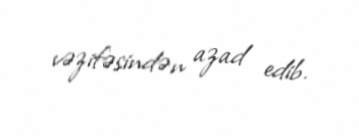
vəzifəsindən azad edib.